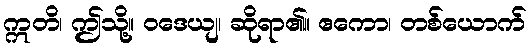
ဣတိ၊ ဤသို့။ ဝဒေယျ၊ ဆိုရာ၏။ ဧကော၊ တစ်ယောက်